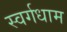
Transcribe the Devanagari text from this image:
स्वर्गधाम